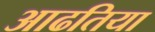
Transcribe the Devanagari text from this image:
आढतिया